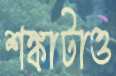
শঙ্কাটাও